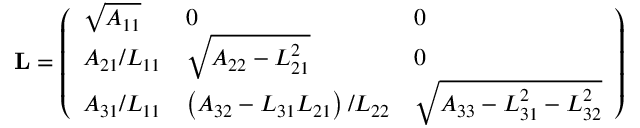
{ \begin{array} { r } { \mathbf { L } = { \left( \begin{array} { l l l } { { \sqrt { A _ { 1 1 } } } } & { 0 } & { 0 } \\ { A _ { 2 1 } / L _ { 1 1 } } & { { \sqrt { A _ { 2 2 } - L _ { 2 1 } ^ { 2 } } } } & { 0 } \\ { A _ { 3 1 } / L _ { 1 1 } } & { \left( A _ { 3 2 } - L _ { 3 1 } L _ { 2 1 } \right) / L _ { 2 2 } } & { { \sqrt { A _ { 3 3 } - L _ { 3 1 } ^ { 2 } - L _ { 3 2 } ^ { 2 } } } } \end{array} \right) } } \end{array} }